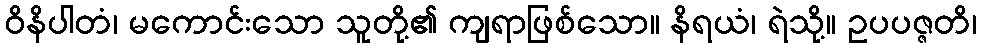
ဝိနိပါတံ၊ မကောင်းသော သူတို့၏ ကျရာဖြစ်သော။ နိရယံ၊ ရဲသို့။ ဥပပဇ္ဇတိ၊